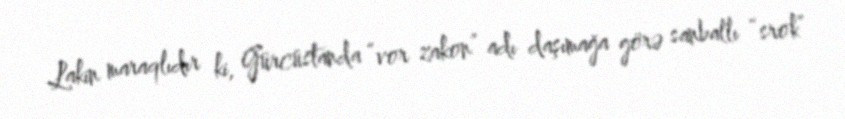
Lakin maraqlıdır ki, Gürcüstanda “vor zakon” adı daşımağa görə sanballı “srok”